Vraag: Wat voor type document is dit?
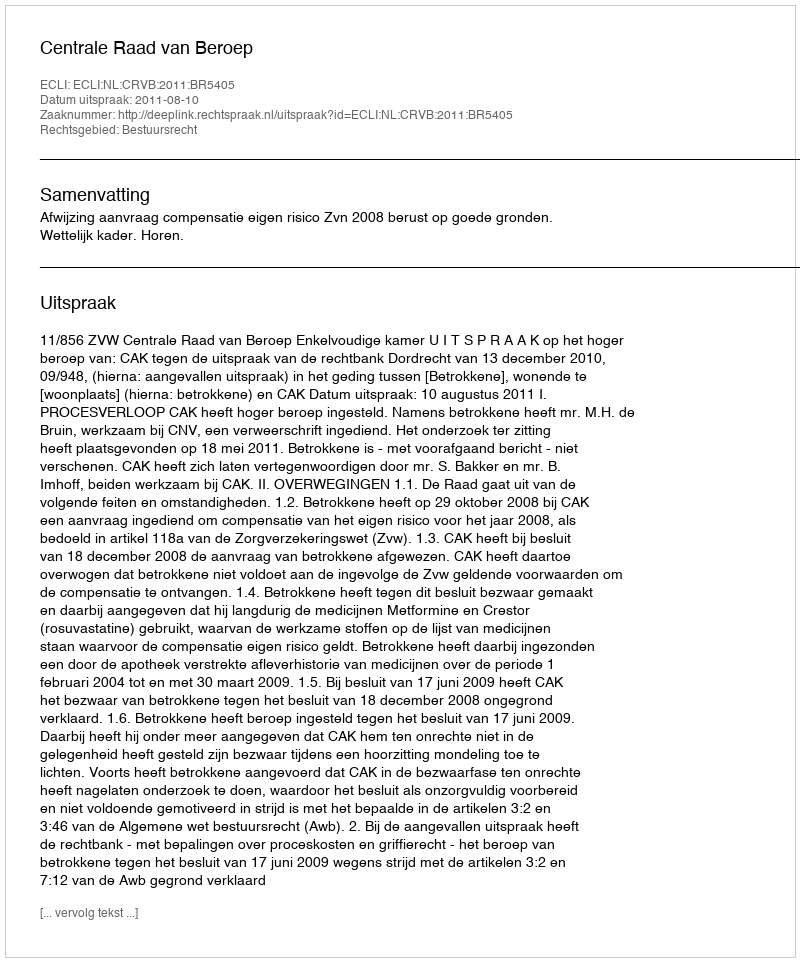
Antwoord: Uitspraak